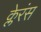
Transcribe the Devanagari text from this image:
क्लेरंस